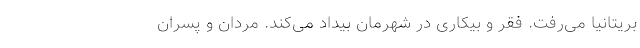
بریتانیا می‌رفت. فقر و بیکاری در شهرمان بیداد می‌کند. مردان و پسران